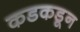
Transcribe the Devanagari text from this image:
कडकडून